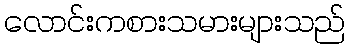
လောင်းကစားသမားများသည်